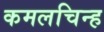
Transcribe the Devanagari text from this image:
कमलचिन्ह